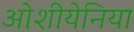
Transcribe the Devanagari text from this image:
ओशीयेनिया